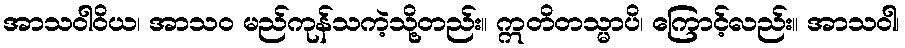
အာသဝါဝိယ၊ အာသဝ မည်ကုန်သကဲ့သို့တည်း။ ဣတိတသ္မာပိ၊ ကြောင့်လည်း။ အာသဝါ၊